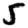
Digit: 5